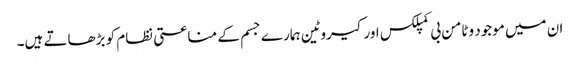
ان میں موجود وٹامن بی کمپلکس اورکیروٹین ہمارے جسم کے مناعتی نظام کو بڑھاتے ہیں۔